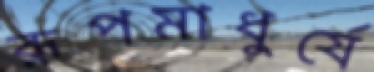
রূপমাধুর্যে